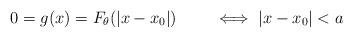
LaTeX: \begin{align*}0=g(x)=F_\theta(|x-x_0|) \qquad\iff|x-x_0|< a\end{align*}